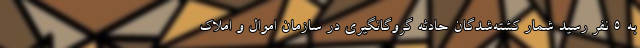
به ۵ نفر رسید شمار کشته‌شدگان حادثه گروگانگیری در سازمان اموال و املاک